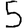
Digit: 5